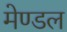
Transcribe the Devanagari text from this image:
मेण्डल